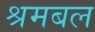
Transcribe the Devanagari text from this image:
श्रमबल